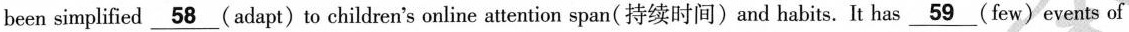
been simplified \underline{58} (adapt)to children's online attention span(持续时间)and habits. It has \underline{59} (few)events of